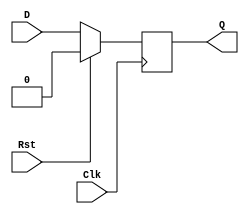
module dff_sync_posedge_activehighreset(Q,D,Clk,Rst);

input D, Clk, Rst;
output reg Q;

always@(posedge Clk) //Synchronous because only updates with clock edge.
        if(Rst)
                Q <= 1'b0;
        else
                Q <= D;

endmodule